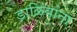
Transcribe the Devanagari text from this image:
डाळिंबांना